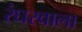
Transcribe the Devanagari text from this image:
रंघरवाला